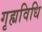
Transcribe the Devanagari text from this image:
गृह्यविधि